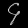
Digit: ၄